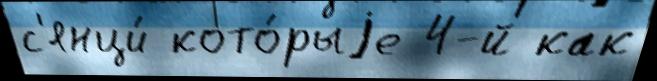
с'янци́ кото́рыjе 4-й как